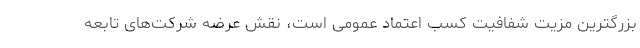
بزرگترین مزیت شفافیت کسب اعتماد عمومی است، نقش عرضه شرکت‌های تابعه